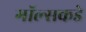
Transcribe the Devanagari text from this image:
गॉल्सकडे